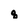
Character: q